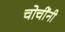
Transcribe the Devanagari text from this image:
चोचींनी